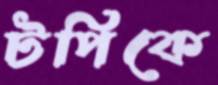
টপিকে